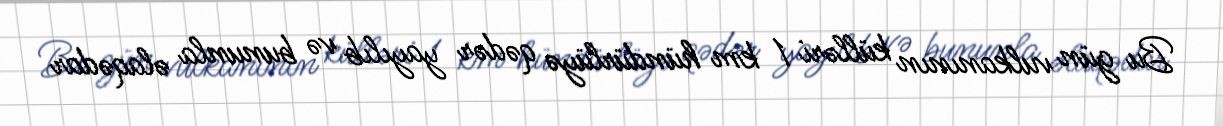
Bu gün vulkanının külləri 1 km hündürlüyə qədər yayılıb və bununla əlaqədar